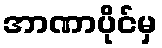
အာဏာပိုင်မှ